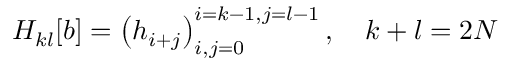
\begin{array} { r } { H _ { k l } [ b ] = \left( h _ { i + j } \right) _ { i , j = 0 } ^ { i = k - 1 , j = l - 1 } , \quad k + l = 2 N } \end{array}